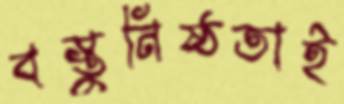
বস্তুনিষ্ঠতাই